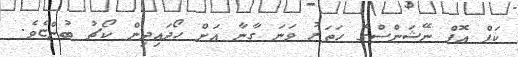
ކަޕް އޮފް ނޭޝަންސްގެ ހަތަރު ވަނަ ގާނާ އަށް ހޯދައިދިން ކޯޗު ބުންޏެވެ.